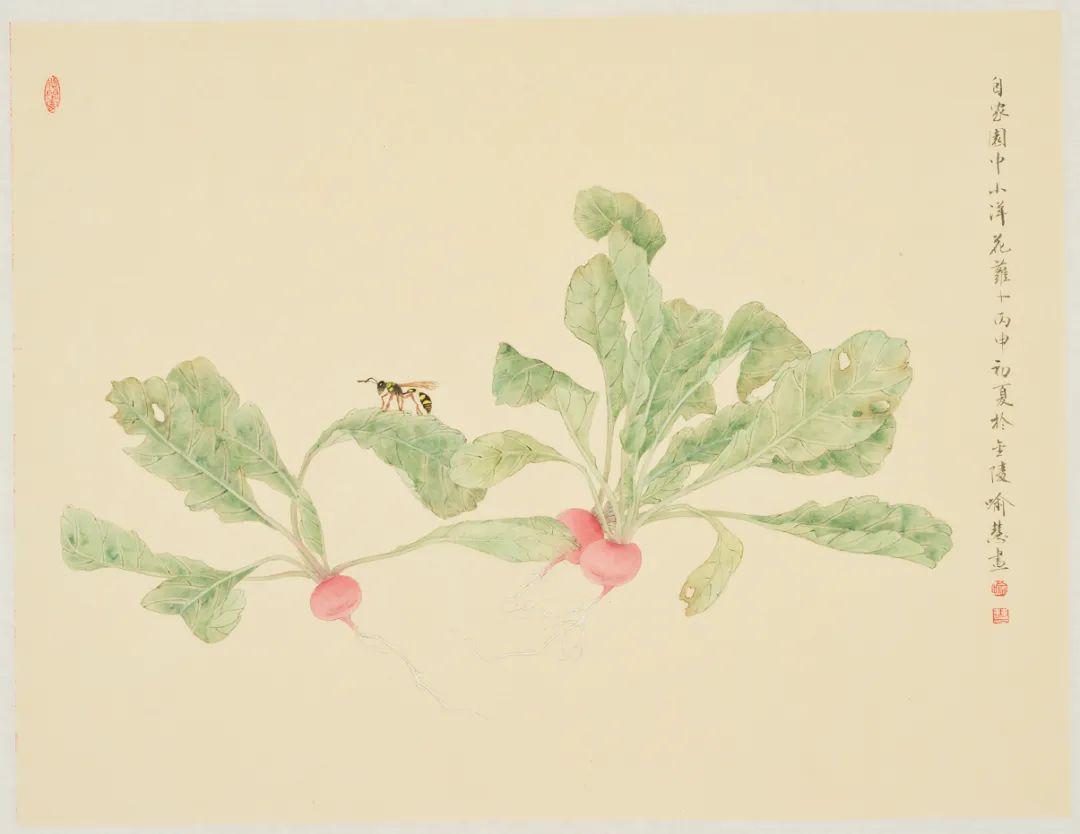
海棠未雨，梨花先雪，一半春休。